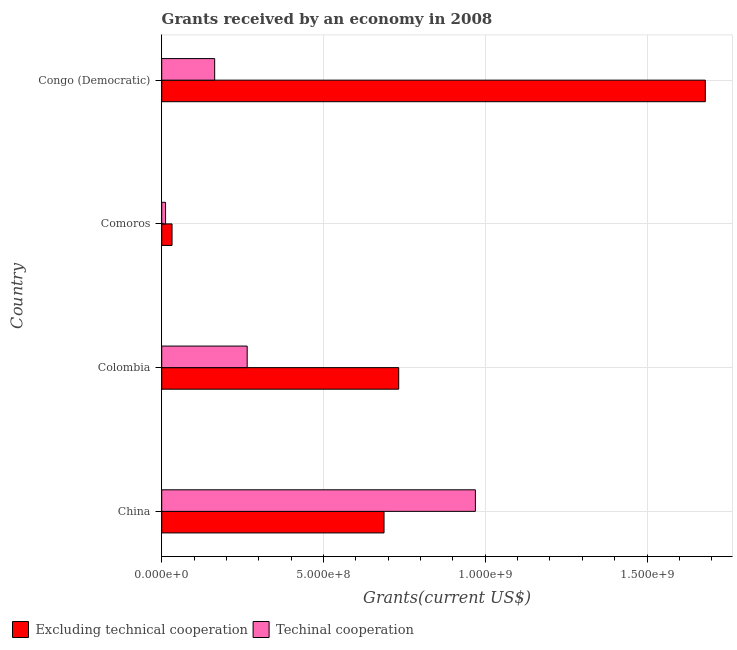
| Country | Excluding technical cooperation | Techinal cooperation |
 | --- | --- | --- |
 | China | 6.87e+08 | 9.7e+08 |
 | Colombia | 7.33e+08 | 2.64e+08 |
 | Comoros | 3.2e+07 | 1.19e+07 |
 | Congo (Democratic) | 1.68e+09 | 1.64e+08 |